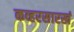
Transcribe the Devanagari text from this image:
कव्हरसारखं